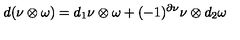
d ( \nu \otimes \omega ) = d _ { 1 } \nu \otimes \omega + ( - 1 ) ^ { \partial \nu } \nu \otimes d _ { 2 } \omega